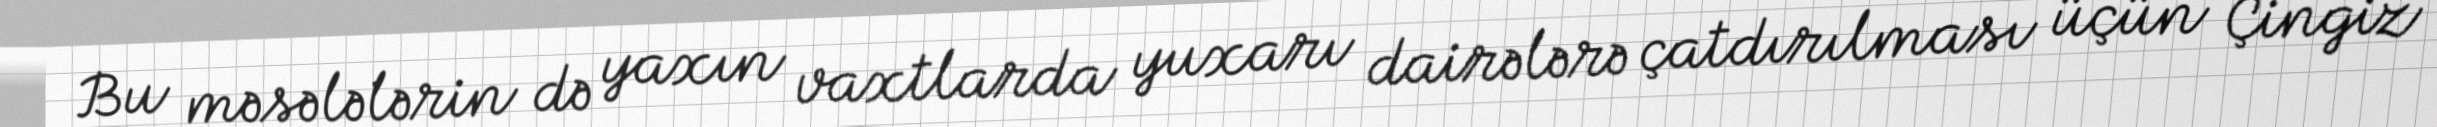
Bu məsələlərin də yaxın vaxtlarda yuxarı dairələrə çatdırılması üçün Çingiz